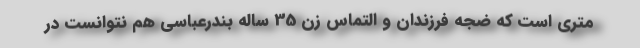
متري است كه ضجه فرزندان و التماس زن 35 ساله بندرعباسي هم نتوانست در